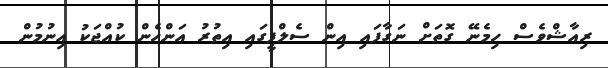
ރިއާޝްވެސް ހިމެނޭ ގޮތަށް ނަގާފައި އިން ސެލްފީގައި އިތުރު އަންހެން ކުއްޖަކު އިނުމުން